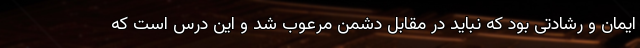
ایمان و رشادتی بود که نباید در مقابل دشمن مرعوب شد و این درس است که